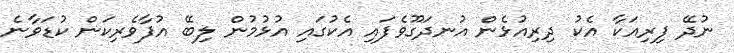
ނުދޭ ފިރިއަކާ އެކު ދިރިއުޅެން އުނދަގޫވެފައި އެކުގައި އުޅުމުން ލިބޭ އުފާވެރިކަން ކުޑަވާނެ